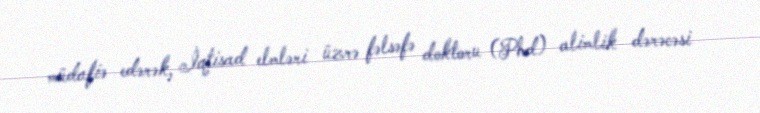
müdafiə edərək, İqtisad elmləri üzrə fəlsəfə doktoru (Phd) alimlik dərəcəsi